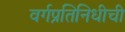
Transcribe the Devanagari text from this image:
वर्गप्रतिनिधीची